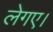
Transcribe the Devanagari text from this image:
लेगए।